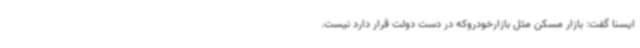
ایسنا گفت: بازار مسکن مثل بازارخودروکه در دست دولت قرار دارد نیست.